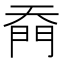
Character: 𭑙